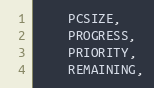
Language: C
    PCSIZE,
    PROGRESS,
    PRIORITY,
    REMAINING,